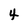
Character: 4